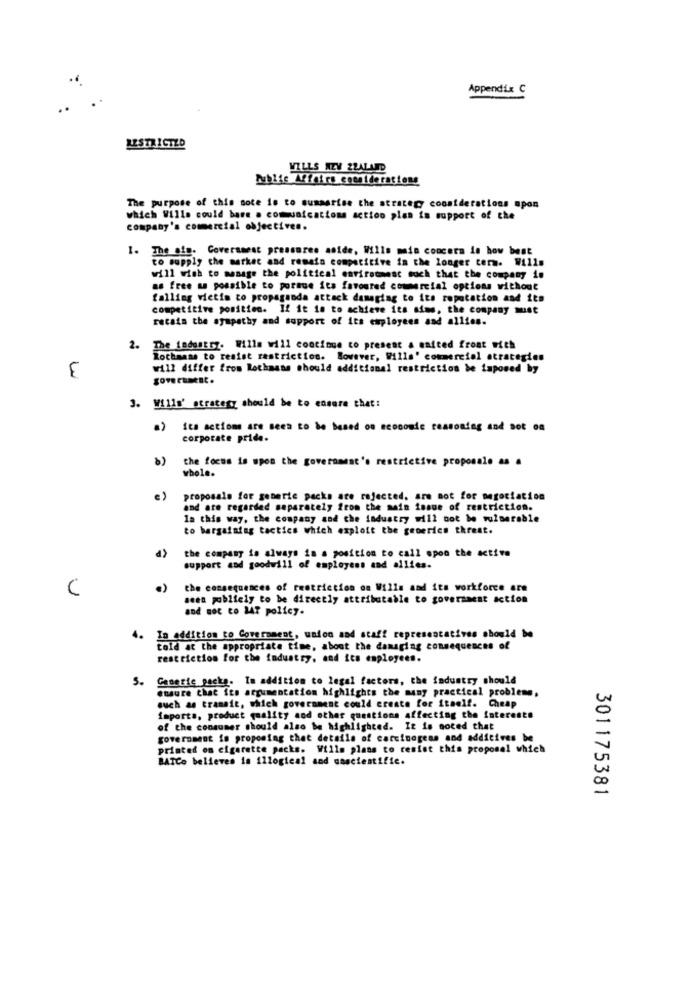
Appendix C
RESTRICTED
VILLS NEV 22ALAD
Public Affairs considerations
The purpose of this sote is to sumaarise the strategy considerations upon
which Wills could bare . communications action plan in support of che
company's commercial objectives.
1. The afs. Government pressures aoide, Wills main concern is how best
to supply the market and remain competitive in the longer term. Wills
will wish to manage the political environment such that the company in
as free as possible to pormue its favoured commercial options without
falling victim to propaganda attack damaging to its reputation and its
competitive position. If it is to achieve its sims, the company must
retain the sympathy and support of its employees and allies.
2.
The industry. Wille will continue to present a united front with
Rothmans to resist restriction. However, Wills' commercial strategies
will differ from Rothmans should additional restriction be imposed by
government .
3. Wills' strategy should be to ensure that:
a)
its actions are seem to be based on economie reasoning and sot on
corporate pride.
the focus is spos the government's restrictive proponale as a
whole.
e)
proposals for generic packs are rejected. are not for megociation
and are regarded separately from the main issue of restriction.
la this way, the company and the industry will not be vulnerable
to bargaining tactics which exploit the generics threat.
the company is always in a position to call spoo the active
support and goodwill of employees and allies.
C
the consequences of restriction on Wills and its workforce are
seen publicly to be directly attributable to government action
and not to MAT policy.
4. In addition to Government, union and staff representatives should be
told at the appropriate time, about the damaging consequences of
restriction for the industry, and ica employees.
5. Caserie pocky. In addition to legal factors, the industry should
ensure that its argumentation highlights the many practical problems,
such as transit, which government could create for itself. Cheap
imports, product quality and other questions affecting the interests
of the consumer should also be highlighted. It is noted that
government in proposing that details of carcinogens and additives be
printed on cigarette packs. Wills plans to resist this proposal which
BATCe believes in illogical and sascientific.
301175381